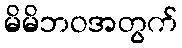
မိမိဘဝအတွက်